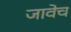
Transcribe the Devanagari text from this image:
जावेच